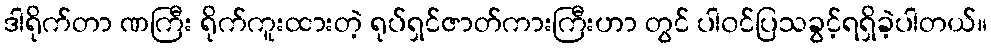
ဒါရိုက်တာ ဏကြီး ရိုက်ကူးထားတဲ့ ရုပ်ရှင်ဇာတ်ကားကြီးဟာ တွင် ပါ၀င်ပြသခွင့်ရရှိခဲ့ပါတယ်။